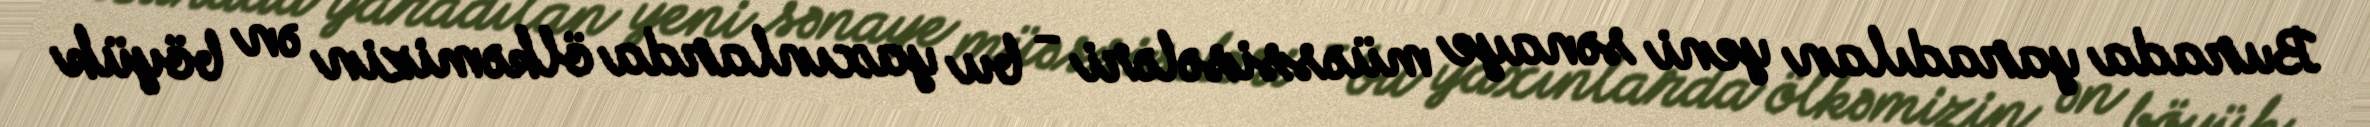
Burada yaradılan yeni sənaye müəssisələri - bu yaxınlarda ölkəmizin ən böyük